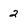
Character: 2